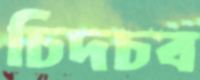
চিদচব